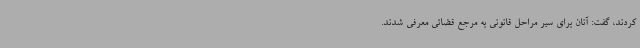
کردند، گفت: آنان برای سیر مراحل قانونی به مرجع قضائی معرفی شدند.